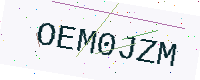
Text: OEM0JZM